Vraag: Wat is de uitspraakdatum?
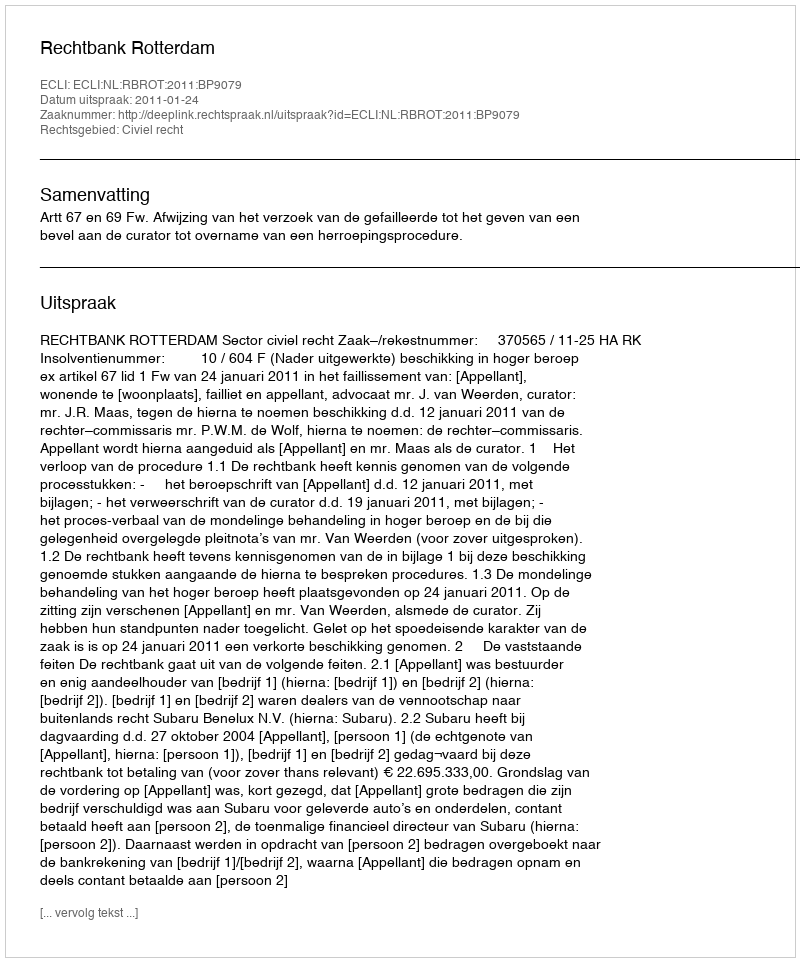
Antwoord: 2011-01-24